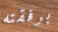
برفقته